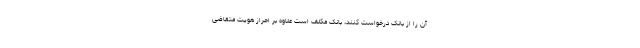
آن را از بانک درخواست کنند، بانک مکلف است علاوه بر احراز هویت متقاضی